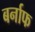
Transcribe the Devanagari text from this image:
बर्नाफ